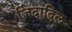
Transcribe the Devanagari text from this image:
ज़िंदादिल